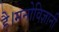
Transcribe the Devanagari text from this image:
है।मनोविज्ञानी